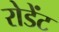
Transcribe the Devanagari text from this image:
रोडेंट